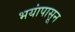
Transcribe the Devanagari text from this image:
भयांपासून